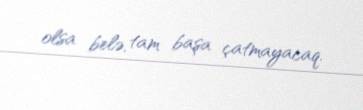
olsa belə, tam başa çatmayacaq.